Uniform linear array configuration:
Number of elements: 48
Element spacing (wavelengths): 1
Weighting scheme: exponential
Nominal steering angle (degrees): -45
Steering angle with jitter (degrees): -45.951
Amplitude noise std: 0.05
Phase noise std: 0.05

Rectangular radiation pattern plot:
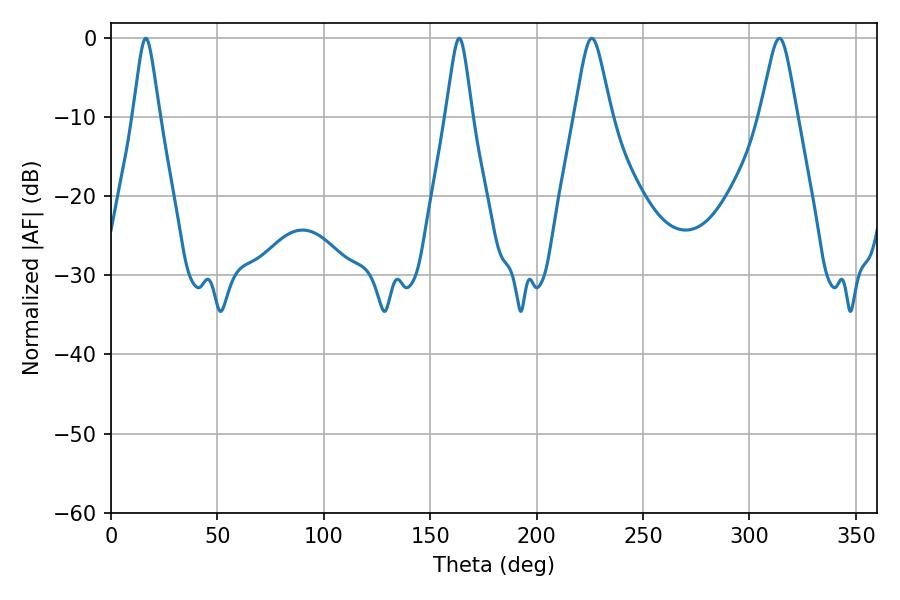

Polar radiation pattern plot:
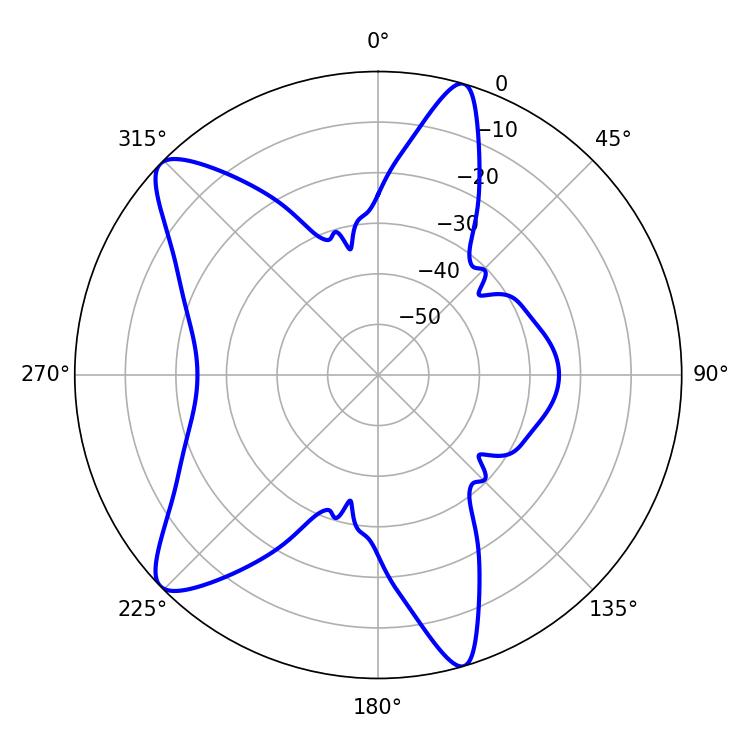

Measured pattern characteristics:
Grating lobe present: TRUE
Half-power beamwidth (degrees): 8.28
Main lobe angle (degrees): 225.9